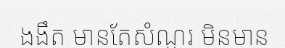
ងងឹត មានតែសំណួរ មិនមាន